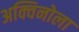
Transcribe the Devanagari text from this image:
अक्विनोला